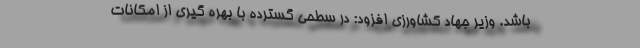
باشد. وزیر جهاد کشاورزی افزود: در سطحی گسترده با بهره گیری از امکانات